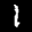
Label: 1